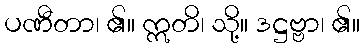
ပဏီတာ၊ ၏။ ဣတိ၊ သို့။ ဒဋ္ဌဗ္ဗာ၊ ၏။